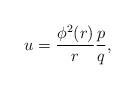
LaTeX: \begin{gather*}u= \frac{\phi^{2}(r)}{r}\frac{p}{q},\end{gather*}